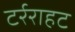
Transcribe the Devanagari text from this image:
टर्रराहट